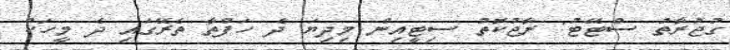
ގުޖުރާތު ސްޓޭޓު: ރާޖުކޮތު ސިޓީއިން މިދިޔަ ދެ ހަފްތާ ތެރޭގައި ދެ މީހަކު